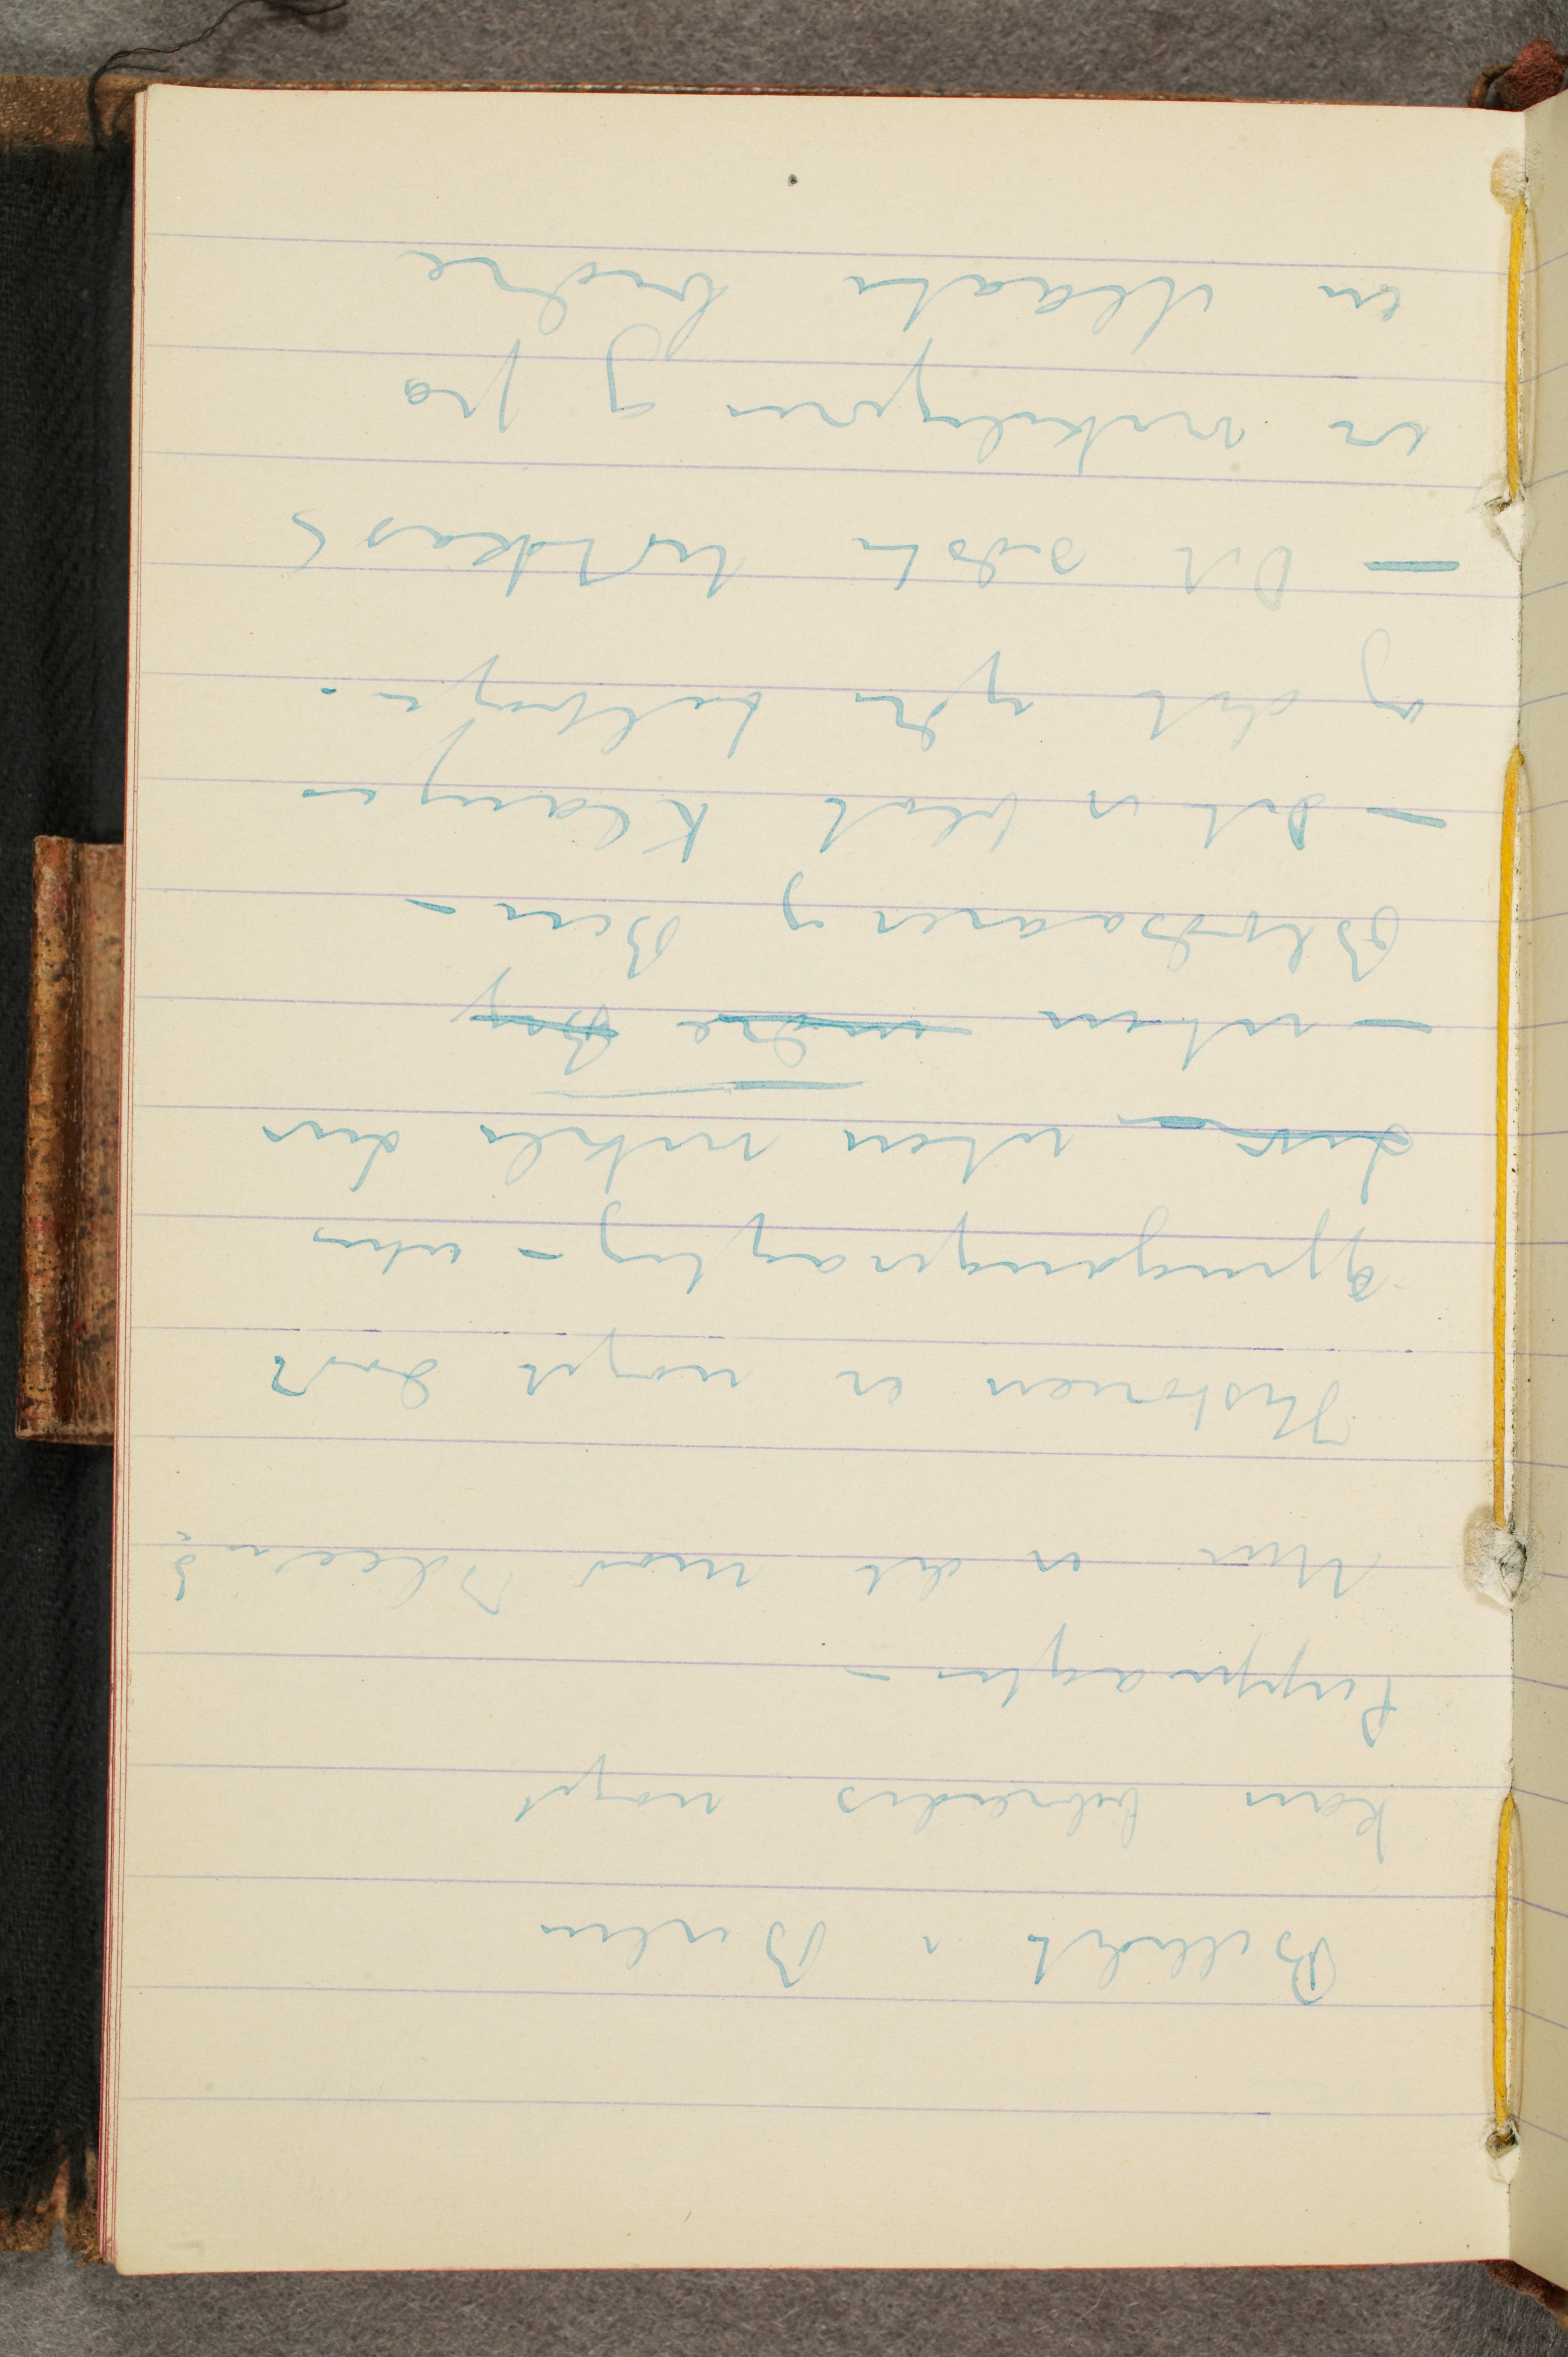
Billedet i Berlin
kan bebreides noget
Puppeagti –
Men er det mod Ideen?
Historien er noget dødt
gjengangeragtig – uten
Liv – uten virkeli Liv
– uten indre B...g
Blodsaarer og Ben –
– Det er blot Klanger
og det ydre tilbage –
– Det sidste Udkast
er virkeligøren og på
en Maate bedre